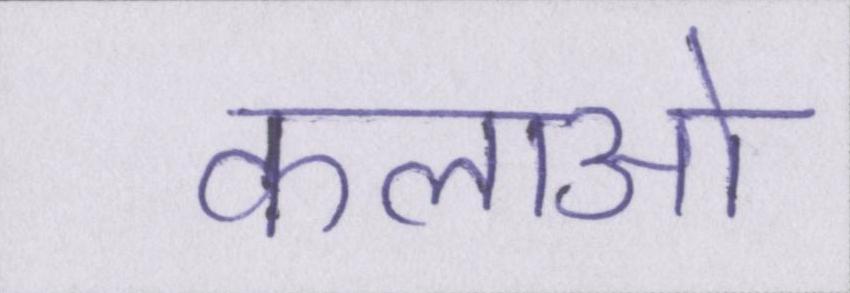
कलाओ